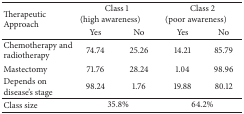
<table><thead><tr><td rowspan="2"><b>Therapeutic Approach</b></td><td colspan="2"><b>Class 1(high awareness)</b></td><td colspan="2"><b>Class 2(poor awareness)</b></td></tr><tr><td><b>Yes</b></td><td><b>No</b></td><td><b>Yes</b></td><td><b>No</b></td></tr></thead><tbody><tr><td>Chemotherapy and radiotherapy</td><td>74.74</td><td>25.26</td><td>14.21</td><td>85.79</td></tr><tr><td>Mastectomy</td><td>71.76</td><td>28.24</td><td>1.04</td><td>98.96</td></tr><tr><td>Depends on disease&#x27;s stage</td><td>98.24</td><td>1.76</td><td>19.88</td><td>80.12</td></tr><tr><td>Class size</td><td colspan="2">35.8%</td><td colspan="2">64.2%</td></tr></tbody></table>